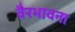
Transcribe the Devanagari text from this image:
वैरभावना